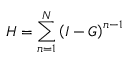
H = \sum _ { n = 1 } ^ { N } { { { \left( { I - G } \right) } ^ { n - 1 } } }